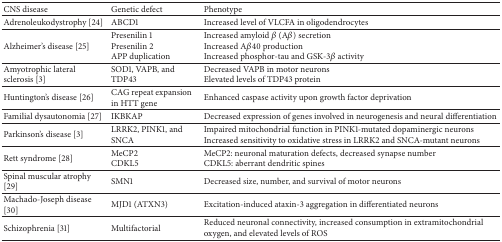
<table><thead><tr><td><b>CNS disease</b></td><td><b>Genetic defect</b></td><td><b>Phenotype</b></td></tr></thead><tbody><tr><td>Adrenoleukodystrophy [24]</td><td>ABCD1</td><td>Increased level of VLCFA in oligodendrocytes</td></tr><tr><td>Alzheimer&#x27;s disease [25]</td><td>Presenilin 1Presenilin 2APP duplication</td><td>Increased amyloid <i>β</i> (A<i>β</i>) secretionIncreased A<i>β</i>40 productionIncreased phosphor-tau and GSK-3<i>β</i> activity</td></tr><tr><td>Amyotrophic lateral sclerosis [3]</td><td>SOD1, VAPB, and TDP43</td><td>Decreased VAPB in motor neuronsElevated levels of TDP43 protein</td></tr><tr><td>Huntington&#x27;s disease [26]</td><td>CAG repeat expansion in HTT gene</td><td>Enhanced caspase activity upon growth factor deprivation</td></tr><tr><td>Familial dysautonomia [27]</td><td>IKBKAP</td><td>Decreased expression of genes involved in neurogenesis and neural differentiation</td></tr><tr><td>Parkinson&#x27;s disease [3]</td><td>LRRK2, PINK1, and SNCA</td><td>Impaired mitochondrial function in PINK1-mutated dopaminergic neuronsIncreased sensitivity to oxidative stress in LRRK2 and SNCA-mutant neurons</td></tr><tr><td>Rett syndrome [28]</td><td>MeCP2CDKL5</td><td>MeCP2: neuronal maturation defects, decreased synapse numberCDKL5: aberrant dendritic spines</td></tr><tr><td>Spinal muscular atrophy [29]</td><td>SMN1</td><td>Decreased size, number, and survival of motor neurons</td></tr><tr><td>Machado-Joseph disease [30]</td><td>MJD1 (ATXN3)</td><td>Excitation-induced ataxin-3 aggregation in differentiated neurons</td></tr><tr><td>Schizophrenia [31]</td><td>Multifactorial</td><td>Reduced neuronal connectivity, increased consumption in extramitochondrial oxygen, and elevated levels of ROS</td></tr></tbody></table>